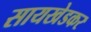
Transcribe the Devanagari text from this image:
सायखेडकर